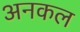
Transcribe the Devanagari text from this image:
अनकल